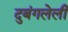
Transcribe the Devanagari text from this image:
दुबंगलेली